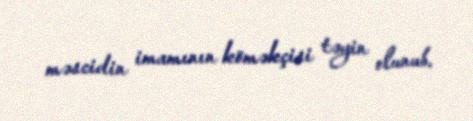
məscidin imamının köməkçisi təyin olunub.